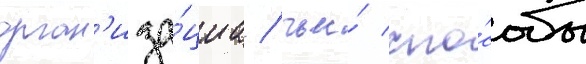
орган'иза́циа / чьи́ спо́собы